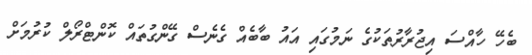
ބެހޭ ހާއްސަ އިޖުރާރުތަކުގެ ނަމުގައި އައު ބާބެއް ގެނެސް ގޭންގުތައް ކޮންޓްރޯލް ކުރުމަށް